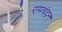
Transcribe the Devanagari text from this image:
रामचंद्रन्‌